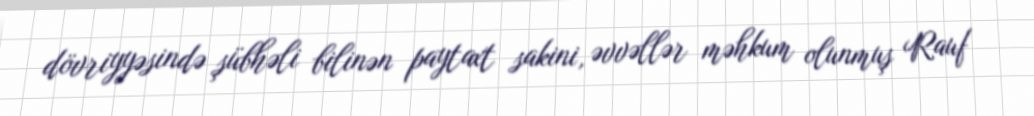
dövriyyəsində şübhəli bilinən paytaxt sakini, əvvəllər məhkum olunmuş Rauf